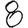
Digit: 8